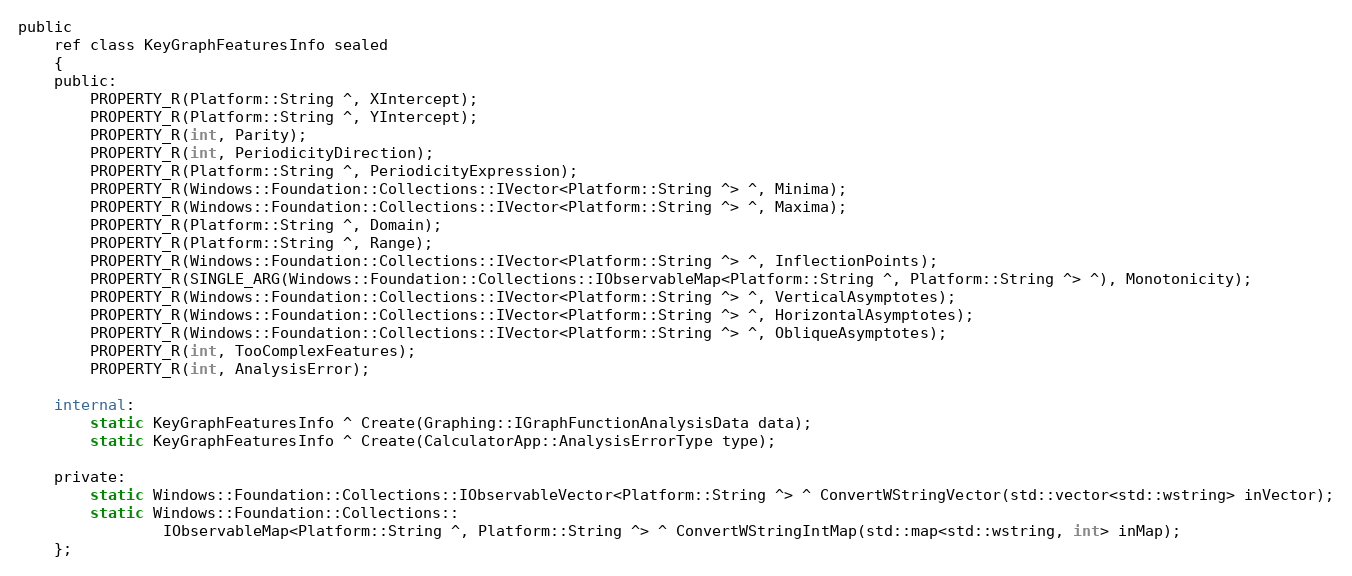
Language: C
public
    ref class KeyGraphFeaturesInfo sealed
    {
    public:
        PROPERTY_R(Platform::String ^, XIntercept);
        PROPERTY_R(Platform::String ^, YIntercept);
        PROPERTY_R(int, Parity);
        PROPERTY_R(int, PeriodicityDirection);
        PROPERTY_R(Platform::String ^, PeriodicityExpression);
        PROPERTY_R(Windows::Foundation::Collections::IVector<Platform::String ^> ^, Minima);
        PROPERTY_R(Windows::Foundation::Collections::IVector<Platform::String ^> ^, Maxima);
        PROPERTY_R(Platform::String ^, Domain);
        PROPERTY_R(Platform::String ^, Range);
        PROPERTY_R(Windows::Foundation::Collections::IVector<Platform::String ^> ^, InflectionPoints);
        PROPERTY_R(SINGLE_ARG(Windows::Foundation::Collections::IObservableMap<Platform::String ^, Platform::String ^> ^), Monotonicity);
        PROPERTY_R(Windows::Foundation::Collections::IVector<Platform::String ^> ^, VerticalAsymptotes);
        PROPERTY_R(Windows::Foundation::Collections::IVector<Platform::String ^> ^, HorizontalAsymptotes);
        PROPERTY_R(Windows::Foundation::Collections::IVector<Platform::String ^> ^, ObliqueAsymptotes);
        PROPERTY_R(int, TooComplexFeatures);
        PROPERTY_R(int, AnalysisError);

    internal:
        static KeyGraphFeaturesInfo ^ Create(Graphing::IGraphFunctionAnalysisData data);
        static KeyGraphFeaturesInfo ^ Create(CalculatorApp::AnalysisErrorType type);

    private:
        static Windows::Foundation::Collections::IObservableVector<Platform::String ^> ^ ConvertWStringVector(std::vector<std::wstring> inVector);
        static Windows::Foundation::Collections::
                IObservableMap<Platform::String ^, Platform::String ^> ^ ConvertWStringIntMap(std::map<std::wstring, int> inMap);
    };